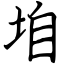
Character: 垍